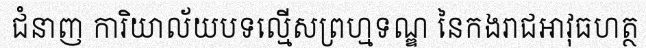
ជំនាញ ការិយាល័យបទល្មើសព្រហ្មទណ្ឌ នៃកងរាជអាវុធហត្ថ